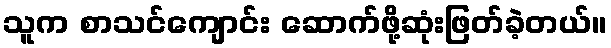
သူက စာသင်ကျောင်း ဆောက်ဖို့ဆုံးဖြတ်ခဲ့တယ်။